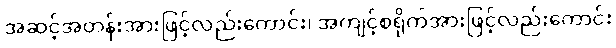
အဆင့်အတန်းအားဖြင့်လည်းကောင်း၊ အကျင့်စရိုက်အားဖြင့်လည်းကောင်း